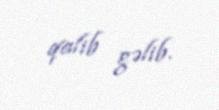
qalib gəlib.